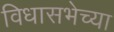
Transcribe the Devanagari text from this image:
विधासभेच्या